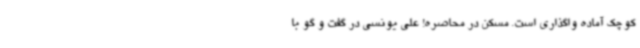
کوچک آماده واگذاری است. مسکن در محاصره! علی یونسی در گفت و گو با